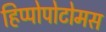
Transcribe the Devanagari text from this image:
हिप्पोपोटोमस